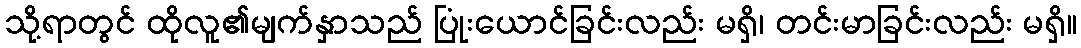
သို့ရာတွင် ထိုလူ၏မျက်နှာသည် ပြုံးယောင်ခြင်းလည်း မရှိ၊ တင်းမာခြင်းလည်း မရှိ။